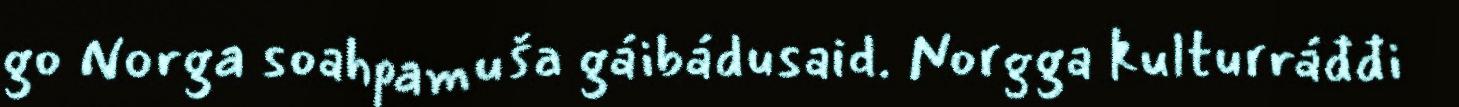
go Norga soahpamuša gáibádusaid. Norgga kulturráđđi